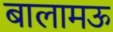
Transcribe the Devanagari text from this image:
बालामऊ